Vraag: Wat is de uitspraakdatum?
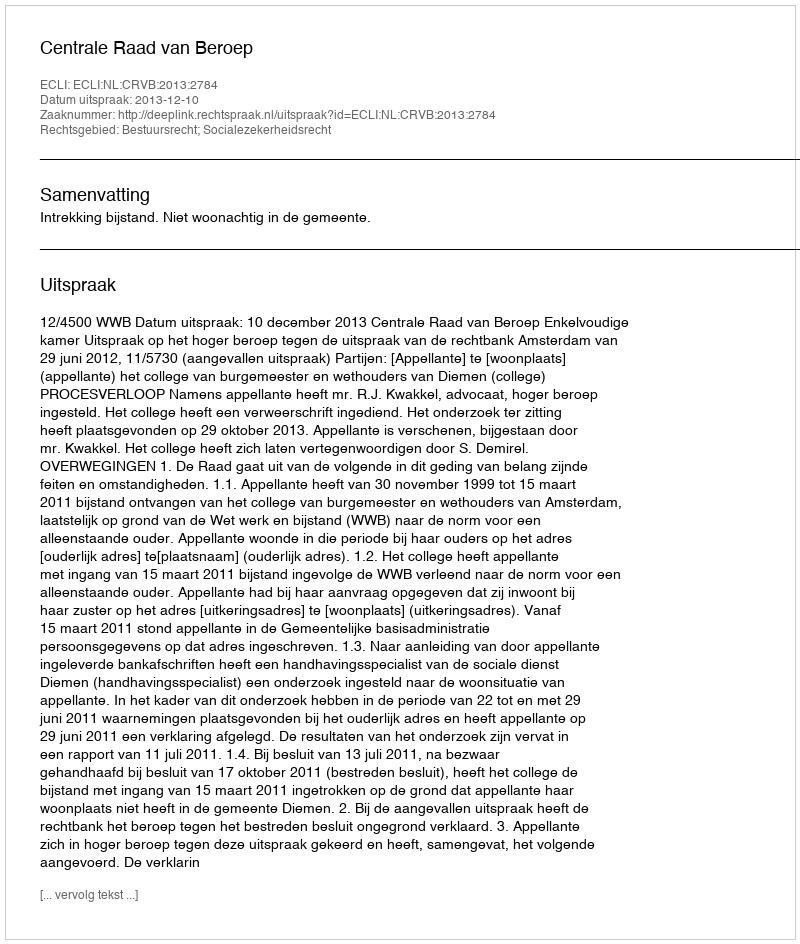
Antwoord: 2013-12-10